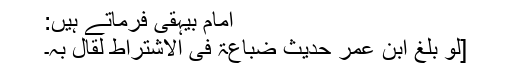
امام بیہقی فرماتے ہیں:
[لَو بَلَغَ اِبْنَ عُمَرَ حَدِیْثُ ضُبَاعَۃَ فِی الاِشْتِرَاطِ لَقَالَ بِہِ۔